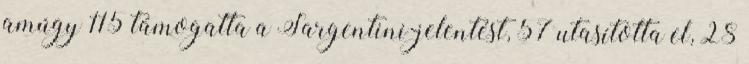
amúgy 115 támogatta a Sargentini-jelentést, 57 utasította el, 28